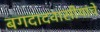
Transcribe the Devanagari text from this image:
बगदादवासीयांचे